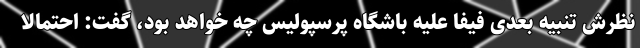
نظرش تنبیه بعدی فیفا علیه باشگاه پرسپولیس چه خواهد بود، گفت: احتمالاً